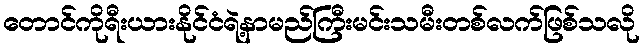
တောင်ကိုရီးယားနိုင်ငံရဲ့နာမည်ကြီးမင်းသမီးတစ်လက်ဖြစ်သလို